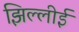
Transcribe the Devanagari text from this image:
झिल्लीई